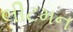
લીટમન